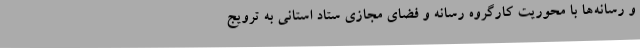
و رسانه‌ها با محوریت کارگروه رسانه و فضای مجازی ستاد استانی به ترویج